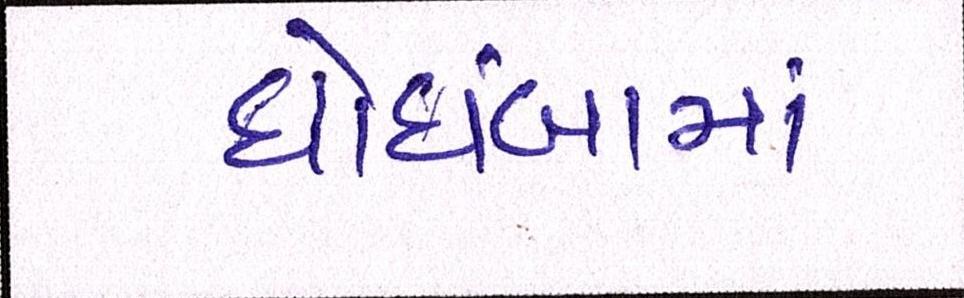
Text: ઘોઘંબામાં